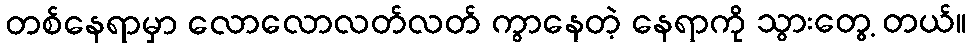
တစ်နေရာမှာ လောလောလတ်လတ် ကွာနေတဲ့ နေရာကို သွားတွေ့ တယ်။